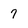
Character: 7